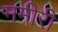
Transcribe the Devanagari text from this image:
ममीरी